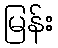
မြန်း